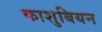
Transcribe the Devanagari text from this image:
काशुबियन